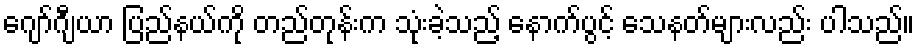
ဂျော်ဂျီယာ ပြည်နယ်ကို တည်တုန်းက သုံးခဲ့သည့် နောက်ပွင့် သေနတ်များလည်း ပါသည်။